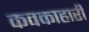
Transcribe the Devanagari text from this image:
कवकाहारी